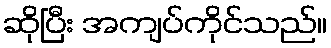
ဆိုပြီး အကျပ်ကိုင်သည်။